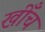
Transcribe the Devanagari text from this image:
खीँच